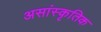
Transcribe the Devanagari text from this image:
असांस्कृतिक